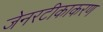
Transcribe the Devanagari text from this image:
जेनरटीकाकरण